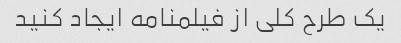
یک طرح کلی از فیلمنامه ایجاد کنید